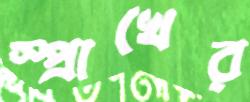
স্প্রাখের